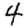
Digit: 4